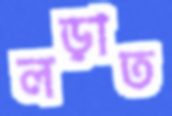
লড়াত